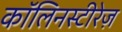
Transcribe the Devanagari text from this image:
कॉलिनस्टीरेज़